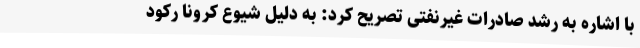
با اشاره به رشد صادرات غیرنفتی تصریح کرد: به دلیل شیوع کرونا رکود